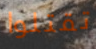
تقتلوا